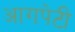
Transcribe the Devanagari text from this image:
आगपेटी